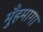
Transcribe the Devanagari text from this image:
मुँहमागा